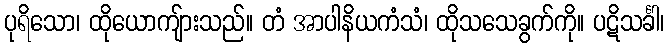
ပုရိသော၊ ထိုယောကျ်ားသည်။ တံ အာပါနိယကံသံ၊ ထိုသသေခွက်ကို။ ပဋိသင်္ခါ၊